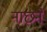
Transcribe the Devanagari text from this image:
नाछने